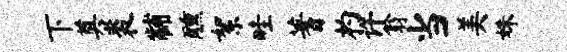
下奠裘黼醺絮畦蓍杓许翁当美姝